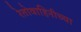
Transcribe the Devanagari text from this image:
रेतोवाहिनीच्या